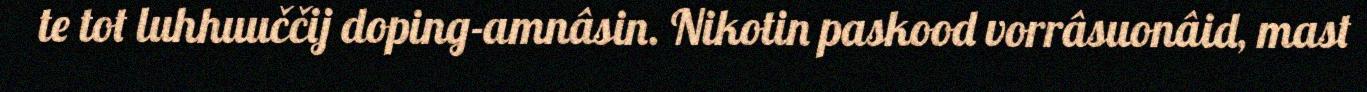
te tot luhhuuččij doping-amnâsin. Nikotin paskood vorrâsuonâid, mast